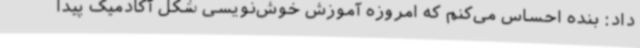
داد: بنده احساس می‌کنم که امروزه آموزش خوش‌نویسی شکل آکادمیک پیدا